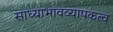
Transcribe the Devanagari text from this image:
साध्याभावव्यापकत्व